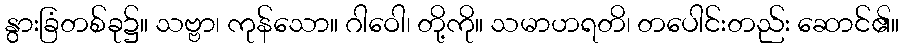
နွားခြံတစ်ခု၌။ သဗ္ဗာ၊ ကုန်သော။ ဂါဝေါ၊ တို့ကို။ သမာဟရတိ၊ တပေါင်းတည်း ဆောင်၏။